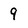
Character: 9